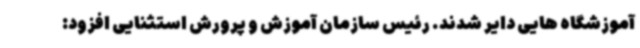
آموزشگاه هایی دایر شدند. رئیس سازمان آموزش و پرورش استثنایی افزود: